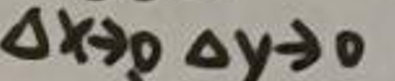
$\Delta x \to 0 \quad \Delta y \to 0$